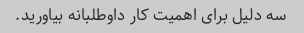
سه دلیل برای اهمیت کار داوطلبانه بیاورید.